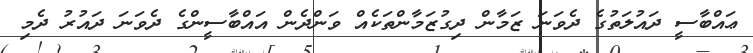
ޢައްބާސީ ދައުލަތުގެ ދެވަނަ ޒަމާން ދިގުޒަމާންތަކެއް ވަންދެން އައްބާސީންގެ ދެވަނަ ދައުރު ދެމި